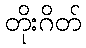
တိုးဂိတ်